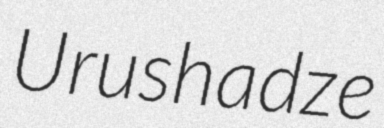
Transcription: Urushadze